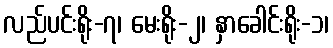
လည်ပင်းရိုး-၇၊ မေးရိုး-၂၊ နှာခေါင်းရိုး-၁၊